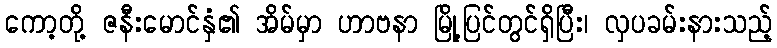
ကော့တို့ ဇနီးမောင်နှံ၏ အိမ်မှာ ဟာဗနာ မြို့ပြင်တွင်ရှိပြီး၊ လှပခမ်းနားသည့်